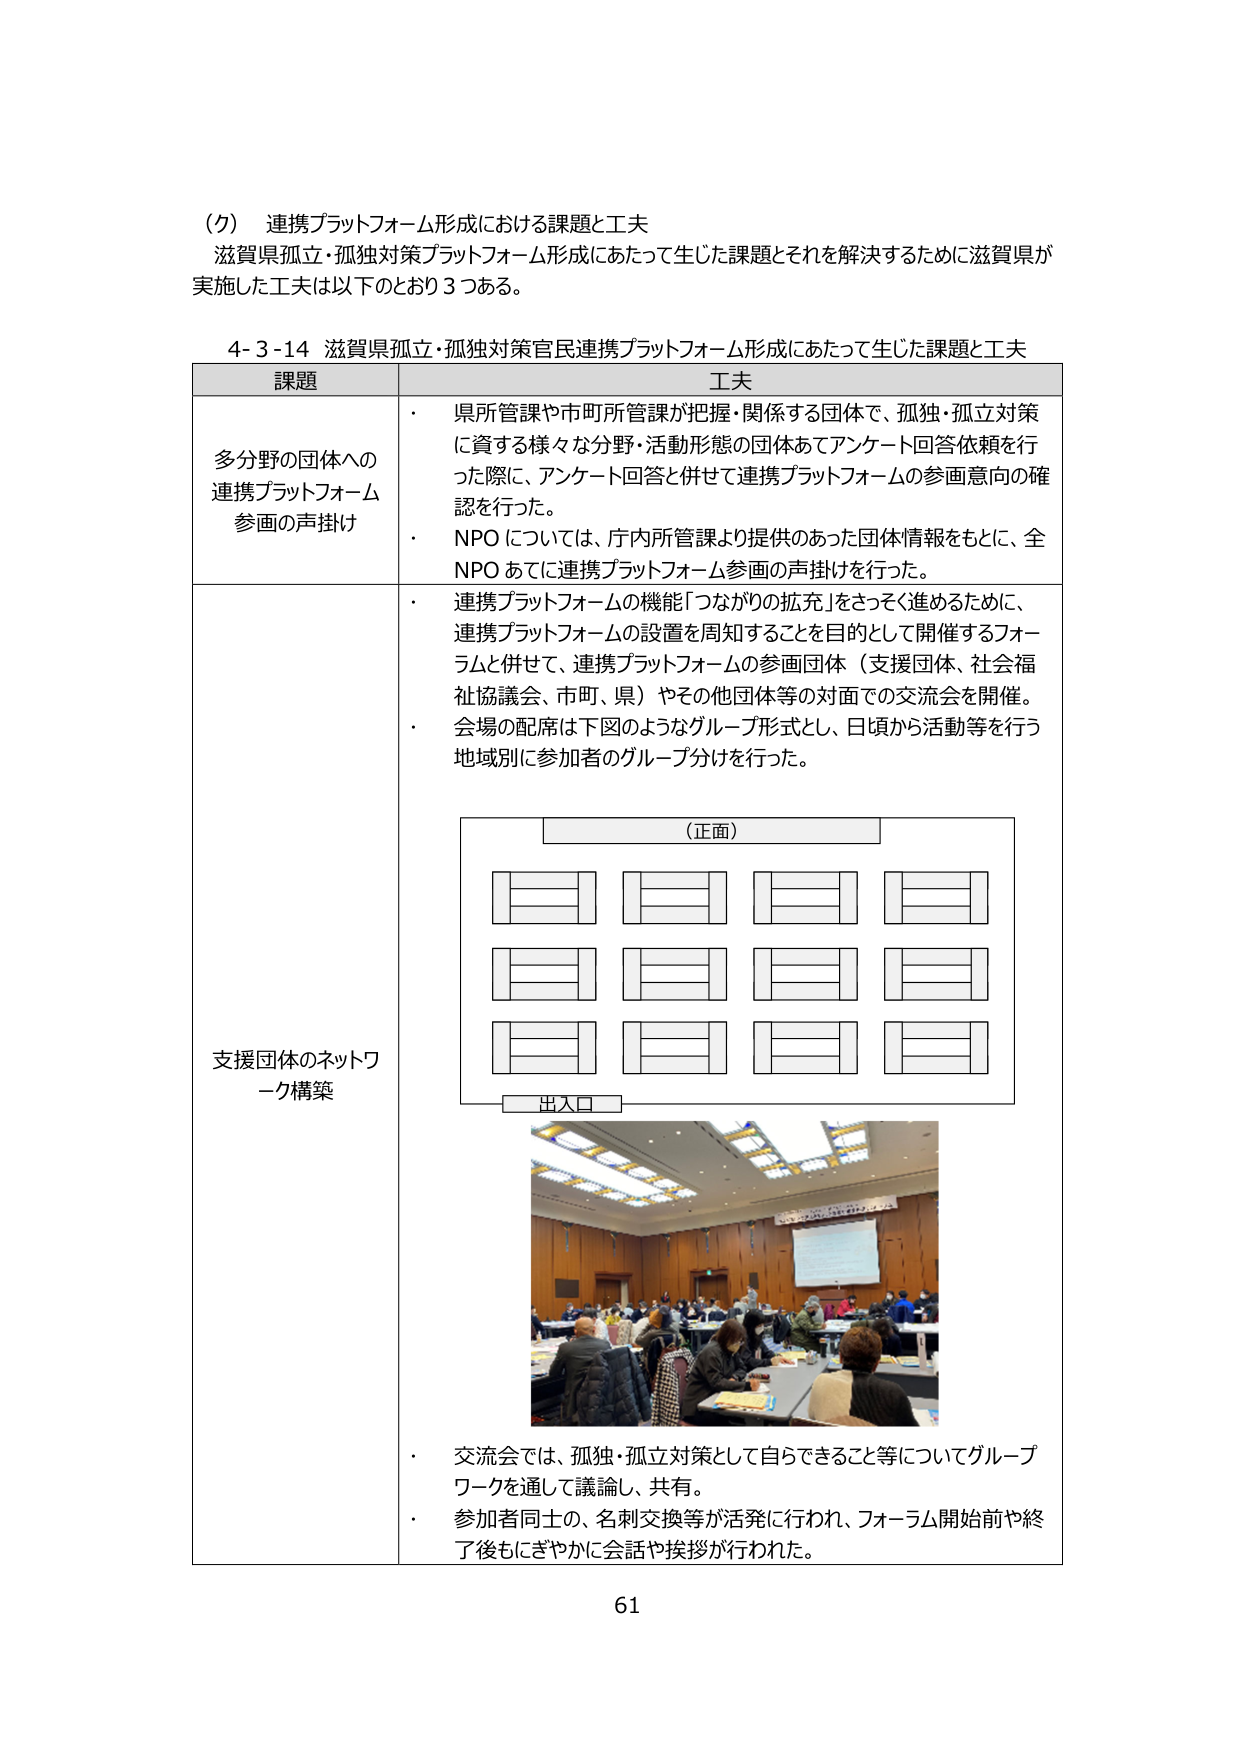
（ク） 連携プラットフォーム形成における課題と工夫
滋賀県孤立・孤独対策プラットフォーム形成にあたって生じた課題とそれを解決するために滋賀県が
実施した工夫は以下のとおり３つある。

4-3-14 滋賀県孤立・孤独対策官民連携プラットフォーム形成にあたって生じた課題と工夫

課題 工夫
多分野の団体への
連携プラットフォーム
参画の声掛け
・ 県所管課や市町所管課が把握・関係する団体で、孤独・孤立対策
に資する様々な分野・活動形態の団体あてアンケート回答依頼を行
った際に、アンケート回答と併せて連携プラットフォームの参画意向の確
認を行った。
・ NPO については、庁内所管課より提供のあった団体情報をもとに、全
NPO あてに連携プラットフォーム参画の声掛けを行った。

支援団体のネットワ
ーク構築
・ 連携プラットフォームの機能「つながりの拡充」をさっく進めるために、
連携プラットフォームの設置を周知することを目的として開催するフォー
ラムと併せて、連携プラットフォームの参画団体（支援団体、社会福
祉協議会、市町、県）やその他団体等の対面での交流会を開催。
・ 会場の配席は下図のようなグループ形式とし、日頃から活動等を行う
地域別に参加者のグループ分けを行った。

（正面）
出入口

・ 交流会では、孤独・孤立対策として自らできること等についてグループ
ワークを通して議論し、共有。
・ 参加者同士の、名刺交換等が活発に行われ、フォーラム開始前や終
了後もにぎやかに会話や挨拶が行われた。

61